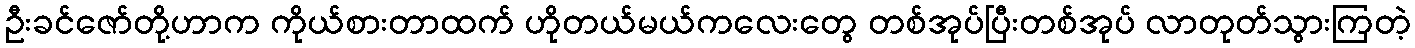
ဦးခင်ဇော်တို့ဟာက ကိုယ်စားတာထက် ဟိုတယ်မယ်ကလေးတွေ တစ်အုပ်ပြီးတစ်အုပ် လာတုတ်သွားကြတဲ့